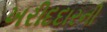
ખરીદદારની